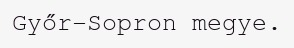
Győr-Sopron megye.